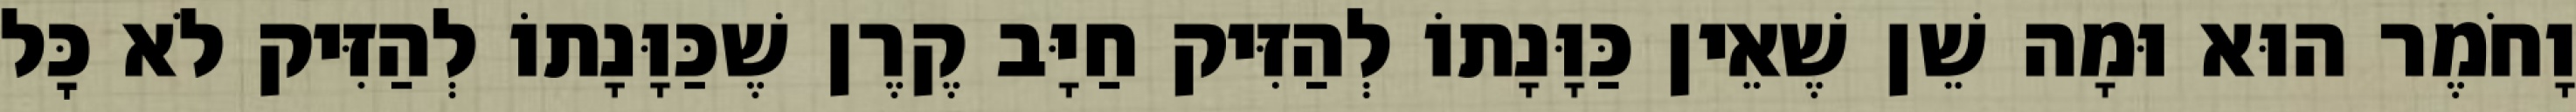
וָחֹמֶר הוּא וּמָה שֵׁן שֶׁאֵין כַּוָּנָתוֹ לְהַזִּיק חַיָּב קֶרֶן שֶׁכַּוָּנָתוֹ לְהַזִּיק לֹא כׇּל